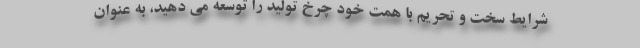
شرایط سخت و تحریم با همت خود چرخ تولید را توسعه می دهید، به عنوان